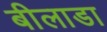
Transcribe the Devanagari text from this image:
बीलाडा